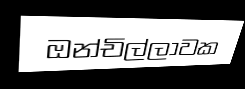
ඔන්චිල්ලාවක